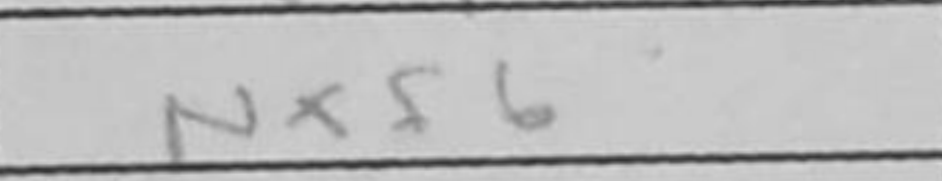
Transcription: Nxf6